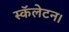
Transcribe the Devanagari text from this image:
स्कॅलेटन।